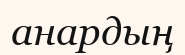
анардың